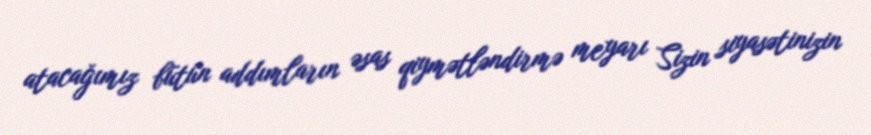
atacağımız bütün addımların əsas qiymətləndirmə meyarı Sizin siyasətinizin